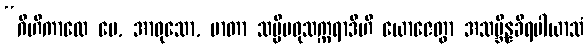
“ဂိဟိကာလေ မေ, အာဝုသော, မာတာ သပ္ပိမဓုသက္ကရာဒီဟိ ယောဇေတွာ အသမ္ဘိန္နခီရပါယာသံ